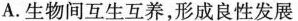
A.生物间互生互养，形成良性发展